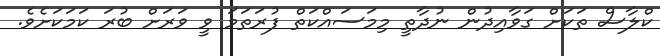
ކްލާސް ތަކަށް ގަވާއިދުން ނުދާތީ މިމަސައްކަތް ފުރަތަމަ ވީ ވަރަށް ބުރަ ކަމަކަށެވެ.